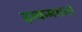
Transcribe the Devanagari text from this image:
झकमगतो